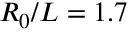
R _ { 0 } / L = 1 . 7